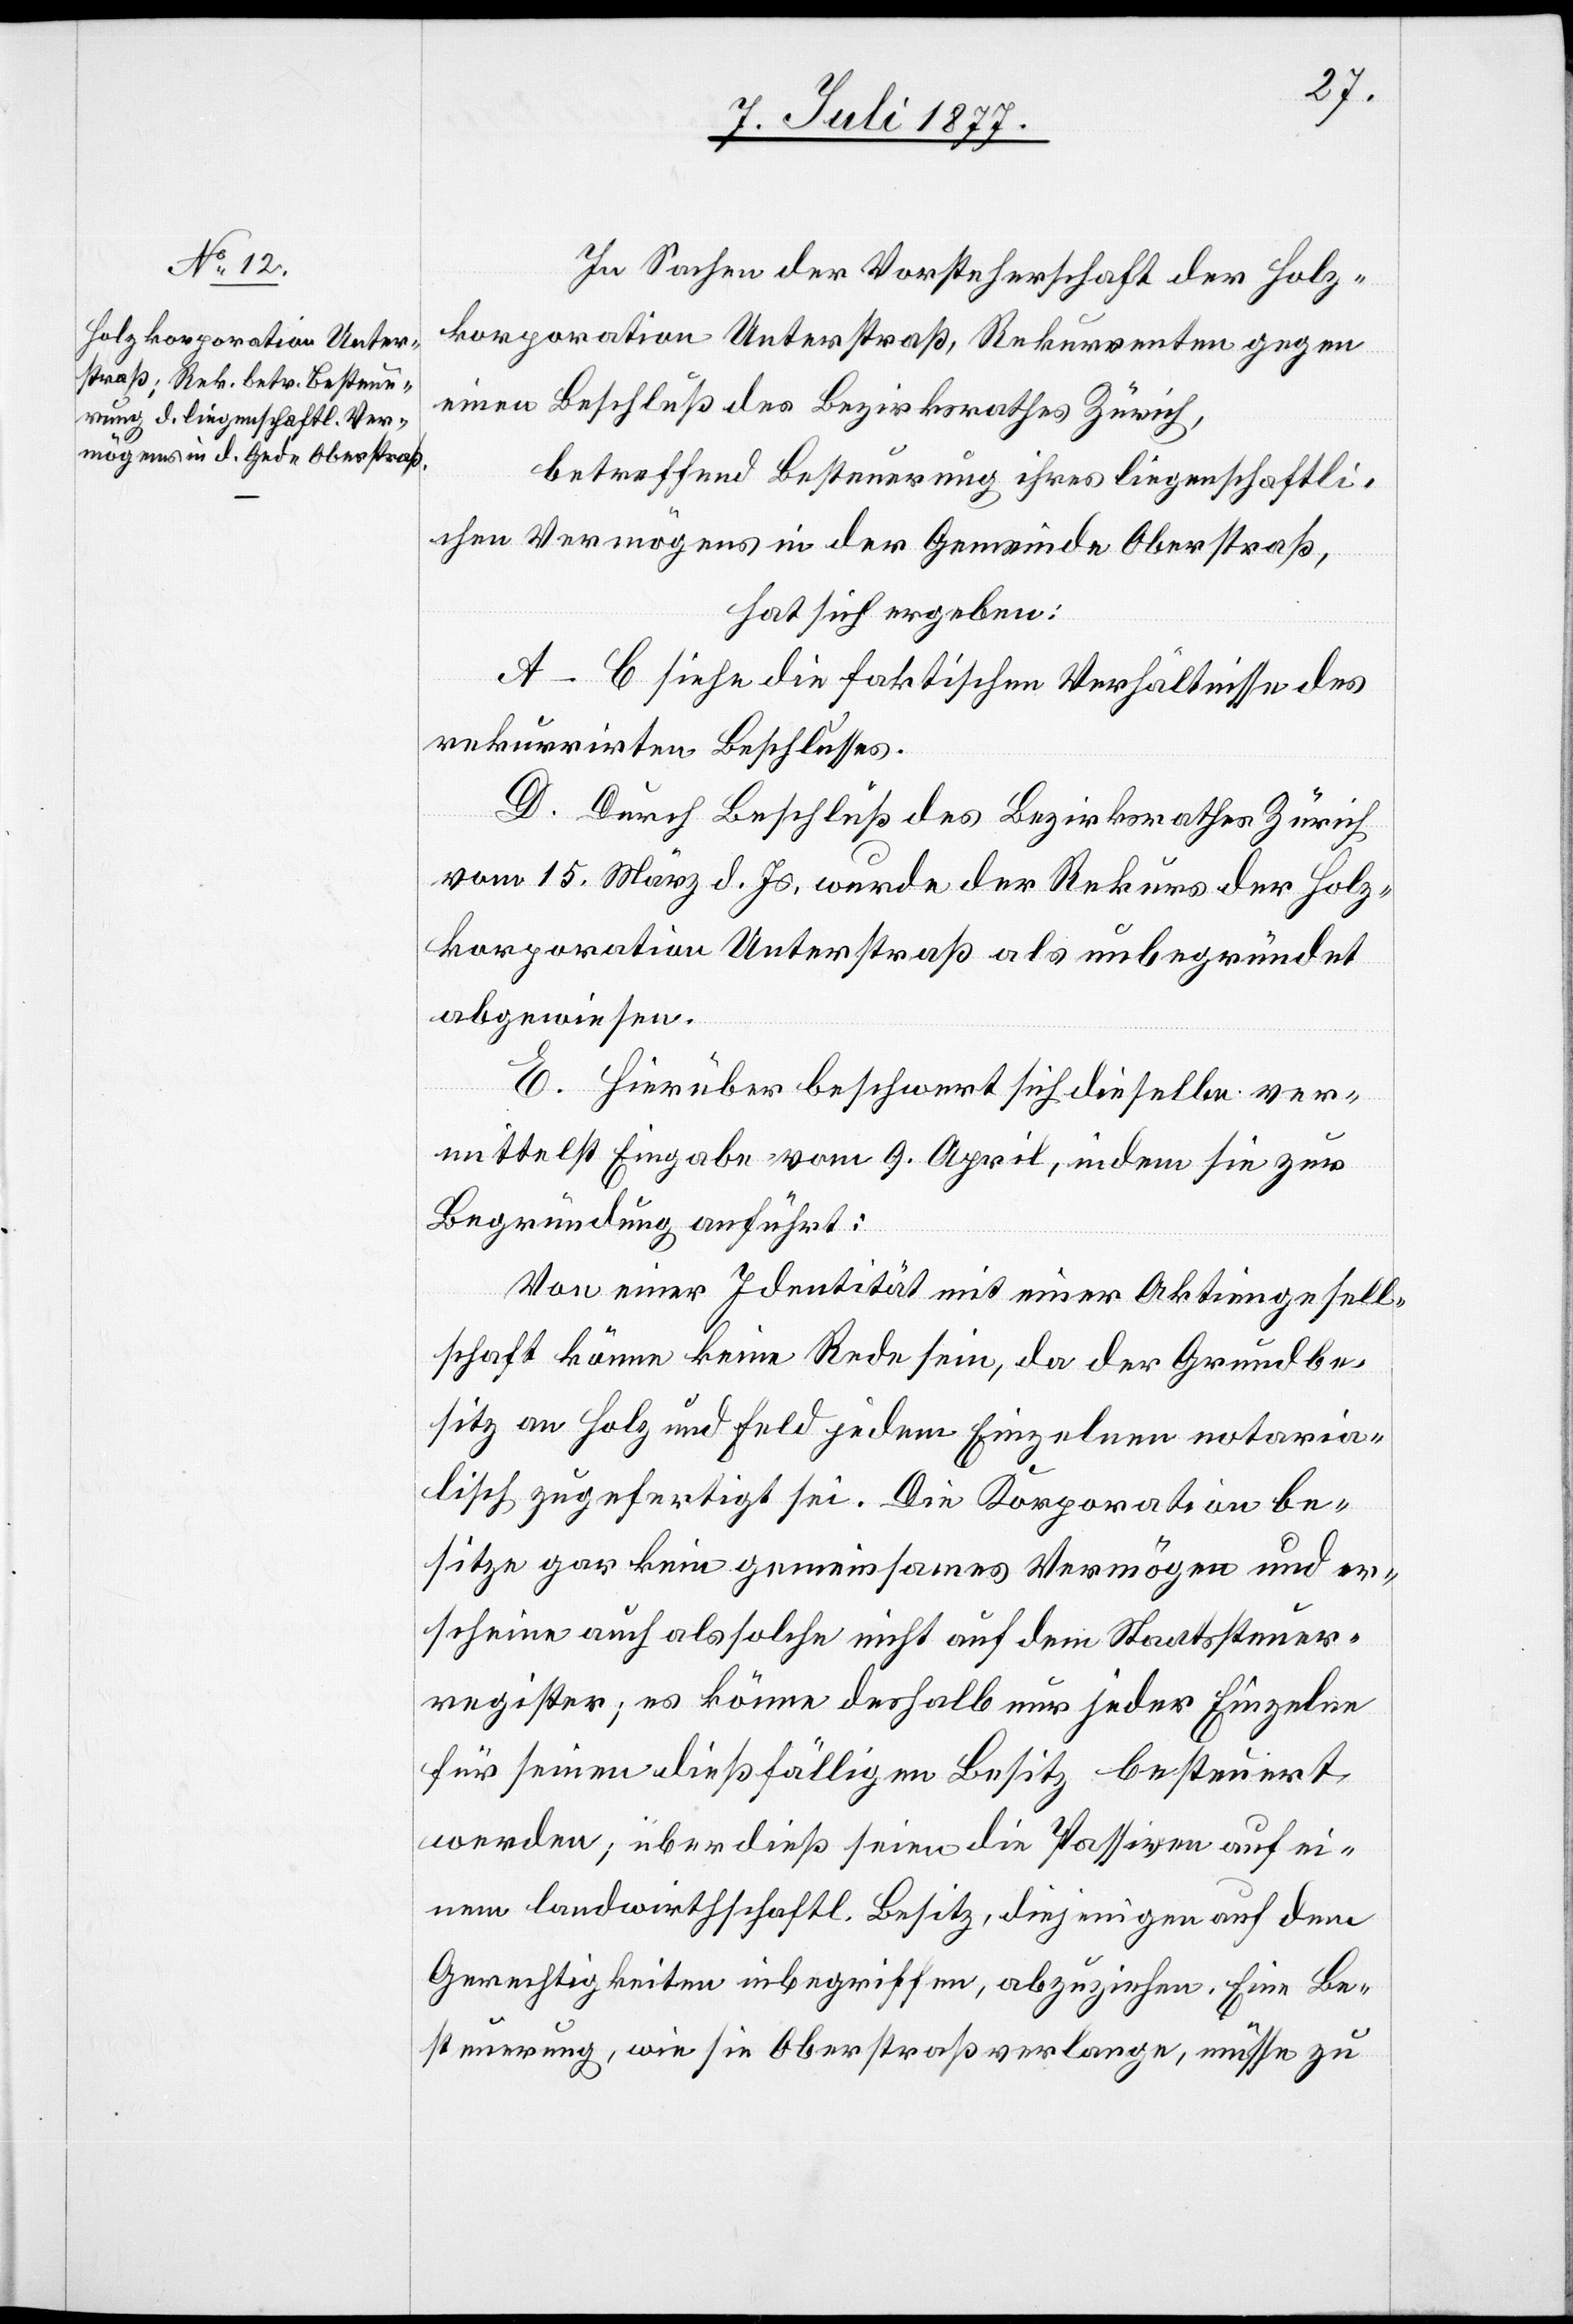
In Sachen der Vorsteherschaft der Holz¬
korporation Unterstraß, Rekurrenten gegen
einen Beschluß des Bezirksrathes Zürich,
betreffend Besteuerung ihres liegenschaftli¬
chen Vermögens in der Gemeinde Oberstraß,
hat sich ergeben:
A–C siehe die faktischen Verhältnisse des
rekurrirten Beschlusses.
D. Durch Beschluß des Bezirksrathes Zürich
vom 15. März d. Js. wurde der Rekurs der Holz¬
korporation Unterstraß als unbegründet
abgewiesen.
E. Hierüber beschwert sich dieselbe ver¬
mittelst Eingabe vom 9. April, indem sie zur
Begründung anführt:
Von einer Identität mit einer Aktiengesell¬
schaft könne keine Rede sein, da der Grundbe¬
sitz an Holz und Feld jedem Einzelnen notaria¬
lisch zugefertigt sei. Die Korporation be¬
sitze gar kein gemeinsames Vermögen und er¬
scheine auch als solche nicht auf dem Staatssteuer¬
register; es könne deshalb nur jeder Einzelne
für seinen dießfälligen Besitz besteuert
werden; überdieß seien die Passiven auf ei¬
nem landwirthschaftl. Besitz, diejenigen auf dem
Gerechtigkeiten inbegriffen, abzuziehen. Eine Be¬
steuerung, wie sie Oberstraß verlange, müsse zu